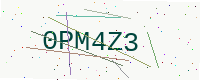
Text: 0PM4Z3